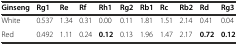
<table><thead><tr><td><b>Ginseng</b></td><td><b>Rg1</b></td><td><b>Re</b></td><td><b>Rf</b></td><td><b>Rh1</b></td><td><b>Rg2</b></td><td><b>Rb1</b></td><td><b>Rc</b></td><td><b>Rb2</b></td><td><b>Rd</b></td><td><b>Rg3</b></td></tr></thead><tbody><tr><td>White</td><td>0.537</td><td>1.34</td><td>0.31</td><td>0.00</td><td>0.11</td><td>1.81</td><td>1.51</td><td>2.14</td><td>0.41</td><td>0.04</td></tr><tr><td>Red</td><td>0.492</td><td>1.11</td><td>0.24</td><td><b>0.12</b></td><td>0.13</td><td>1.96</td><td>1.47</td><td>2.17</td><td><b>0.72</b></td><td><b>0.12</b></td></tr></tbody></table>